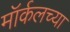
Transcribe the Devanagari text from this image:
मॉर्कलच्या